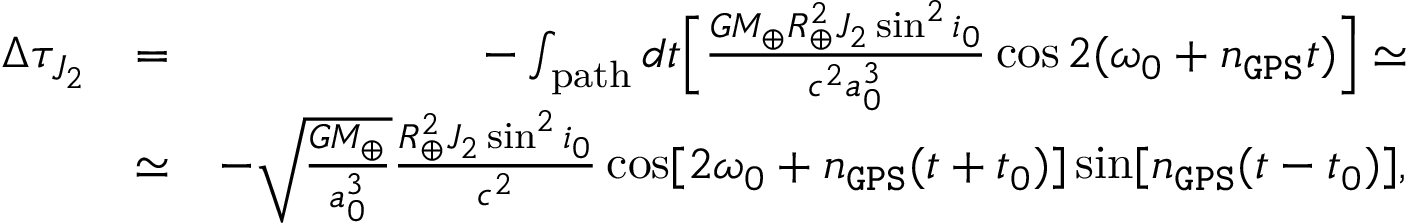
\begin{array} { r l r } { \Delta \tau _ { J _ { 2 } } } & { = } & { - \int _ { \mathrm { p a t h } } d t \Big [ \frac { G M _ { \oplus } R _ { \oplus } ^ { 2 } J _ { 2 } \sin ^ { 2 } i _ { 0 } } { c ^ { 2 } a _ { 0 } ^ { 3 } } \cos 2 ( \omega _ { 0 } + n _ { \tt G P S } t ) \Big ] \simeq } \\ & { \simeq } & { - \sqrt { \frac { G M _ { \oplus } } { a _ { 0 } ^ { 3 } } } \frac { R _ { \oplus } ^ { 2 } J _ { 2 } \sin ^ { 2 } i _ { 0 } } { c ^ { 2 } } \cos [ 2 \omega _ { 0 } + n _ { \tt G P S } ( t + t _ { 0 } ) ] \sin [ n _ { \tt G P S } ( t - t _ { 0 } ) ] , } \end{array}